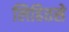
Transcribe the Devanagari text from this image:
लिहितसे